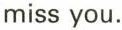
miss you.